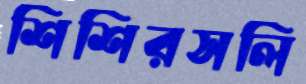
শিশিরসলি